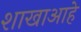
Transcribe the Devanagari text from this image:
शाखाआहे